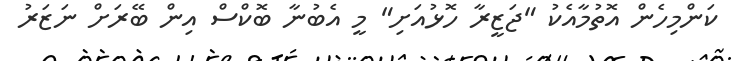
ކަންމިހެން އޮތުމާއެކު "ޖަޒީރާ ހޮޅުއަށި" މީ އެބުނާ ބޮކްސް އިން ބޭރަށް ނަޒަރު